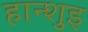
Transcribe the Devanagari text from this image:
हान्शुइ